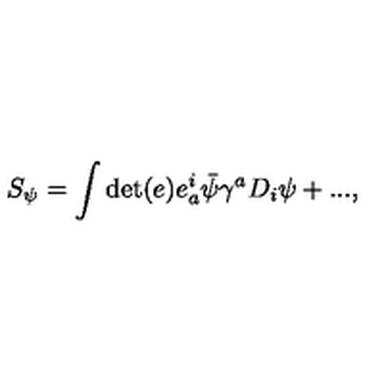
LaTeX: S _ { \psi } = \int \det ( e ) e _ { a } ^ { i } \bar { \psi } \gamma ^ { a } D _ { i } \psi + . . . ,